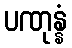
ပဏုန္နံ